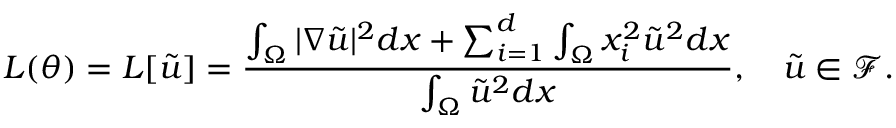
L ( \theta ) = L [ \tilde { u } ] = \frac { \int _ { \Omega } | \nabla \tilde { u } | ^ { 2 } d x + \sum _ { i = 1 } ^ { d } \int _ { \Omega } x _ { i } ^ { 2 } \tilde { u } ^ { 2 } d x } { \int _ { \Omega } \tilde { u } ^ { 2 } d x } , \quad \tilde { u } \in \mathcal { F } .